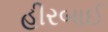
હીરબાઈ